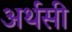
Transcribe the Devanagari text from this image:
अर्थसी